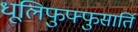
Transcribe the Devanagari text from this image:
धूलिफुफ्फुसार्ति